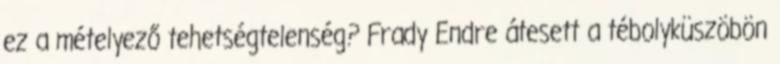
ez a mételyező tehetségtelenség? Frady Endre átesett a tébolyküszöbön